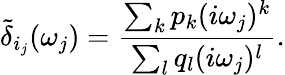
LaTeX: \tilde{\delta}_{i_{j}}(\omega_{j})=\frac{\sum_{k}p_{k}(i\omega_{j})^{k}}{\sum_{l}q_{l}(i\omega_{j})^{l}}.